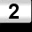
Digit: 2